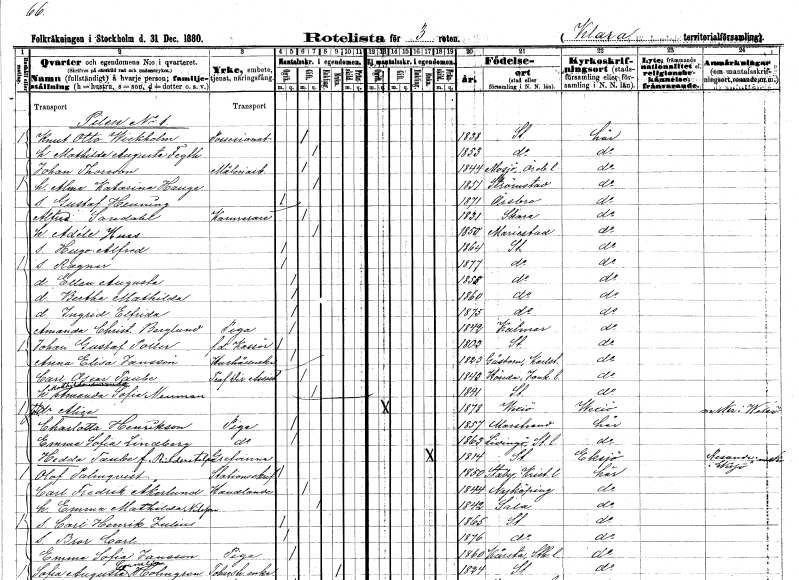
gt_parse: households: individuals: FN: Knut Otto
EN: Wickholm
YRKE: Possessionat
KON: M
CIV: G
FODAR: 1838
FODFORS: Stockholm
FN: Mathilda Augusta
EN: Fegth
KON: K
CIV: G
FODAR: 1853
FODFORS: Stockholm
FN: Johan
EN: Thoreson
YRKE: Måleriarbetare
KON: M
CIV: G
FODAR: 1844
FODFORS: Mosjö Örebro län
FN: Alma Katarina
EN: Hauge
KON: K
CIV: G
FODAR: 1851
FODFORS: Strömstad Göteborgs- och Bohuslän
FN: Gustaf Henning
KON: M
CIV: O
FODAR: 1871
FODFORS: Örebro Örebro län
FN: Alfred
EN: Sandahl
YRKE: Kamrerare
KON: M
CIV: G
FODAR: 1831
FODFORS: Skara Skaraborgs län
FN: Adéle
EN: Huss
KON: K
CIV: G
FODAR: 1850
FODFORS: Mariestad Skaraborgs län
FN: Hugo Alfred
KON: M
CIV: O
FODAR: 1864
FODFORS: Stockholm
FN: Ragnar
KON: M
CIV: O
FODAR: 1877
FODFORS: Stockholm
FN: Ellen Augusta
KON: K
CIV: O
FODAR: 1858
FODFORS: Stockholm
FN: Bertha Mathilda
KON: K
CIV: O
FODAR: 1860
FODFORS: Stockholm
FN: Ingrid Elfrida
KON: K
CIV: O
FODAR: 1875
FODFORS: Stockholm
FN: Amanda Christina
EN: Berglund
YRKE: Piga
KON: K
CIV: O
FODAR: 1842
FODFORS: Kalmar Kalmar län
FN: Johan Gustaf
EN: Poller
YRKE: Kassör f.d.
KON: M
CIV: O
FODAR: 1803
FODFORS: Stockholm
FN: Anna Elisa
EN: Jansson
YRKE: Hushållerska
KON: K
CIV: O
FODAR: 1823
FODFORS: Gåsborn Värmlands län
FN: Carl Oscar
EN: Taube
YRKE: Trafikdirektörsassistent
KON: M
CIV: G
FODAR: 1843
FODFORS: Höreda Jönköpings län
FN: Mathilda Amanda Sofia
EN: Neuman
KON: K
CIV: G
FODAR: 1841
FODFORS: Stockholm
FN: Alice
KON: K
CIV: O
FODAR: 1878
FODFORS: Växjö Kronobergs län
FN: Charlotta
EN: Henrikson
YRKE: Piga
KON: K
CIV: O
FODAR: 1857
FODFORS: Marstrand Göteborgs- och Bohuslän
FN: Emma Sofia
EN: Lindberg
YRKE: Piga
KON: K
CIV: O
FODAR: 1863
FODFORS: Lidingö Stockholms län
FN: Hedda
EN: Taube Ridderstolpe
KON: K
CIV: E
FODAR: 1814
FODFORS: Stockholm
FN: Olof
EN: Palmqvist
YRKE: Stationsskrivare
KON: M
CIV: O
FODAR: 1850
FODFORS: Starby Kristianstads län
FN: Carl Fredrik
EN: Åkerlund
YRKE: Handlande
KON: M
CIV: G
FODAR: 1844
FODFORS: Nyköping Södermanlands län
FN: Emma Mathilda
EN: Nilsson
KON: K
CIV: G
FODAR: 1842
FODFORS: Sala Västmanlands län
FN: Carl Henrik Julius
KON: M
CIV: O
FODAR: 1865
FODFORS: Stockholm
FN: Bror Carl
KON: M
CIV: O
FODAR: 1876
FODFORS: Stockholm
FN: Emma Sofia
EN: Jansson
YRKE: Piga
KON: K
CIV: O
FODAR: 1860
FODFORS: Kårsta Stockholms län
FN: Sofia Augusta Cornelia
EN: Holmgren
YRKE: Tobakshandlareänka
KON: K
CIV: E
FODAR: 1824
FODFORS: Stockholm